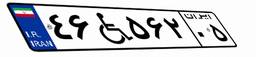
۴۶W۵۶۲۰۵